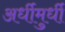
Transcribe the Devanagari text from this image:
अर्धीमुर्धी